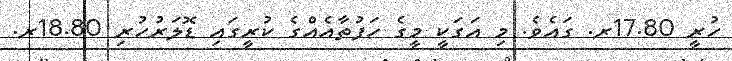
ހުރީ 17.80ރ. ގައެވެ. މި އަގަކީ މީގެ ހަފުތާއެއްގެ ކުރީގައި ޑޮލަރުހުރި 18.80ރ.